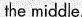
the middle.